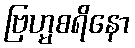
ဗြဟ္မစရိနော